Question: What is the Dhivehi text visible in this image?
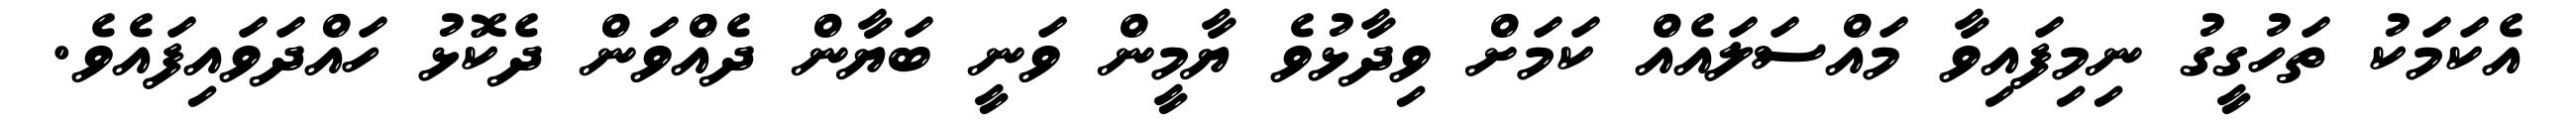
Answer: އެކަމަކު ތަހުގީގު ނިމިފައިވާ މައްސަލައެއް ކަމަށް ވިދާޅުވެ ޔާމީން ވަނީ ބަޔާން ދެއްވަން ދެކޮޅު ހައްދަވައިފައެވެ.